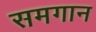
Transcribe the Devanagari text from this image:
समगान